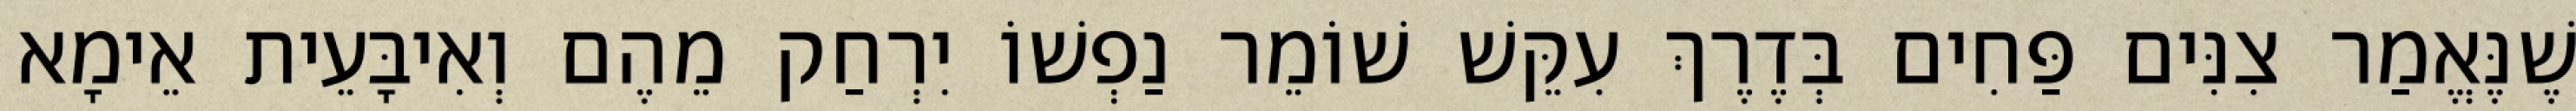
שֶׁנֶּאֱמַר צִנִּים פַּחִים בְּדֶרֶךְ עִקֵּשׁ שׁוֹמֵר נַפְשׁוֹ יִרְחַק מֵהֶם וְאִיבָּעֵית אֵימָא